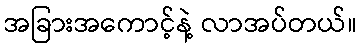
အခြားအကောင့်နဲ့ လာအပ်တယ်။